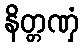
နိတ္တဏှံ